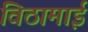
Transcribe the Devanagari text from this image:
विठामाई